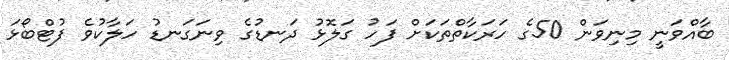
ބާއްވަނީ މިނިވަން 50ގެ ހަރަކާތްތަކަށް ފަހު ގަލޮޅު ދަނޑުގެ ވިނަގަނޑު ހަލާކުވެ ފުޓްބޯޅަ